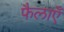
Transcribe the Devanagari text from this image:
फैलाएँ